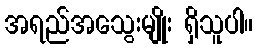
အရည်အသွေးမျိုး ရှိသူပါ။